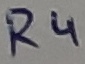
Text: R4